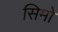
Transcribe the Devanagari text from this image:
सिमो